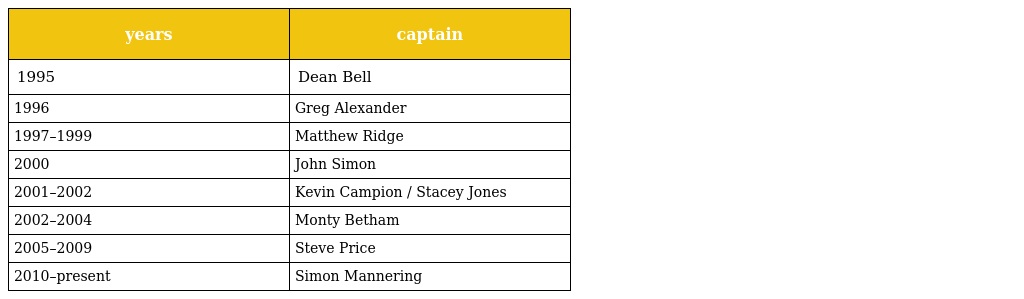
| years | captain |
 | --- | --- |
 | 1995 | Dean Bell |
 | 1996 | Greg Alexander |
 | 1997–1999 | Matthew Ridge |
 | 2000 | John Simon |
 | 2001–2002 | Kevin Campion / Stacey Jones |
 | 2002–2004 | Monty Betham |
 | 2005–2009 | Steve Price |
 | 2010–present | Simon Mannering |